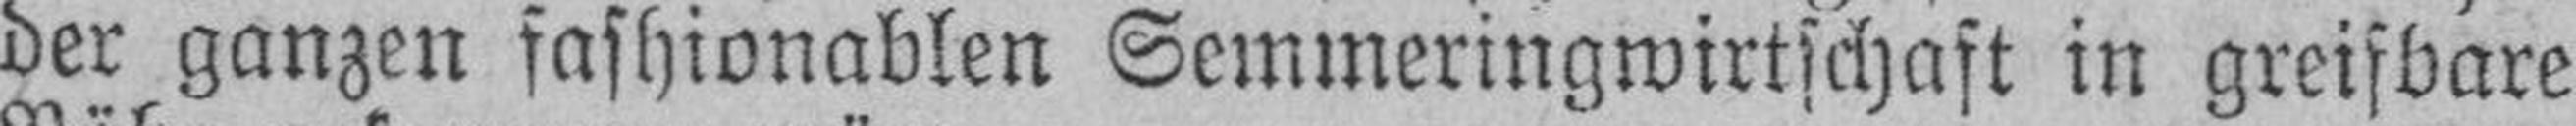
der ganzen sashionablen Semmeringwirtschaft in greifbare